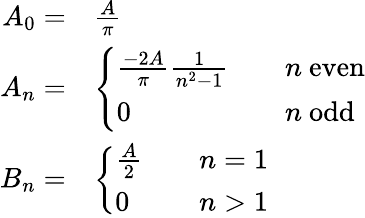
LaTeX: {\begin{array}{rl}{A_{0}=}&{{\frac{A}{\pi}}}\\ {A_{n}=}&{{\left\{ \begin{array}{ll}{{\frac{-2A}{\pi}}{\frac{1}{n^{2}-1}}}&{\quad n{\mathrm{~even}}}\\ {0}&{\quad n{\mathrm{~odd}}}\end{array}\right.}}\\ {B_{n}=}&{{\left\{ \begin{array}{ll}{{\frac{A}{2}}}&{\quad n=1}\\ {0}&{\quad n>1}\end{array}\right.}}\end{array}}